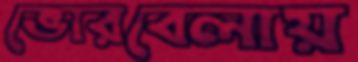
ভোরবেলায়